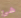
شئ